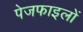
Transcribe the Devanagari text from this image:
पेजफाइलों